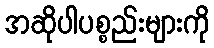
အဆိုပါပစ္စည်းများကို